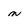
Character: n